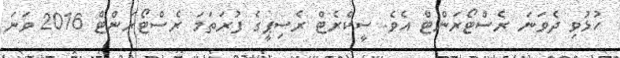
ހުޅުވި ދެވަނަ ރެސްޓޯރަންޓް އެވެ. ސީކްރެޓް ރެސިޕީގެ ފުރަތަމަ ރެސްޓޯރަންޓް 2016 ވަނަ